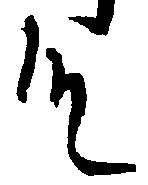
殿